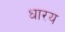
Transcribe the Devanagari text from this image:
धारय